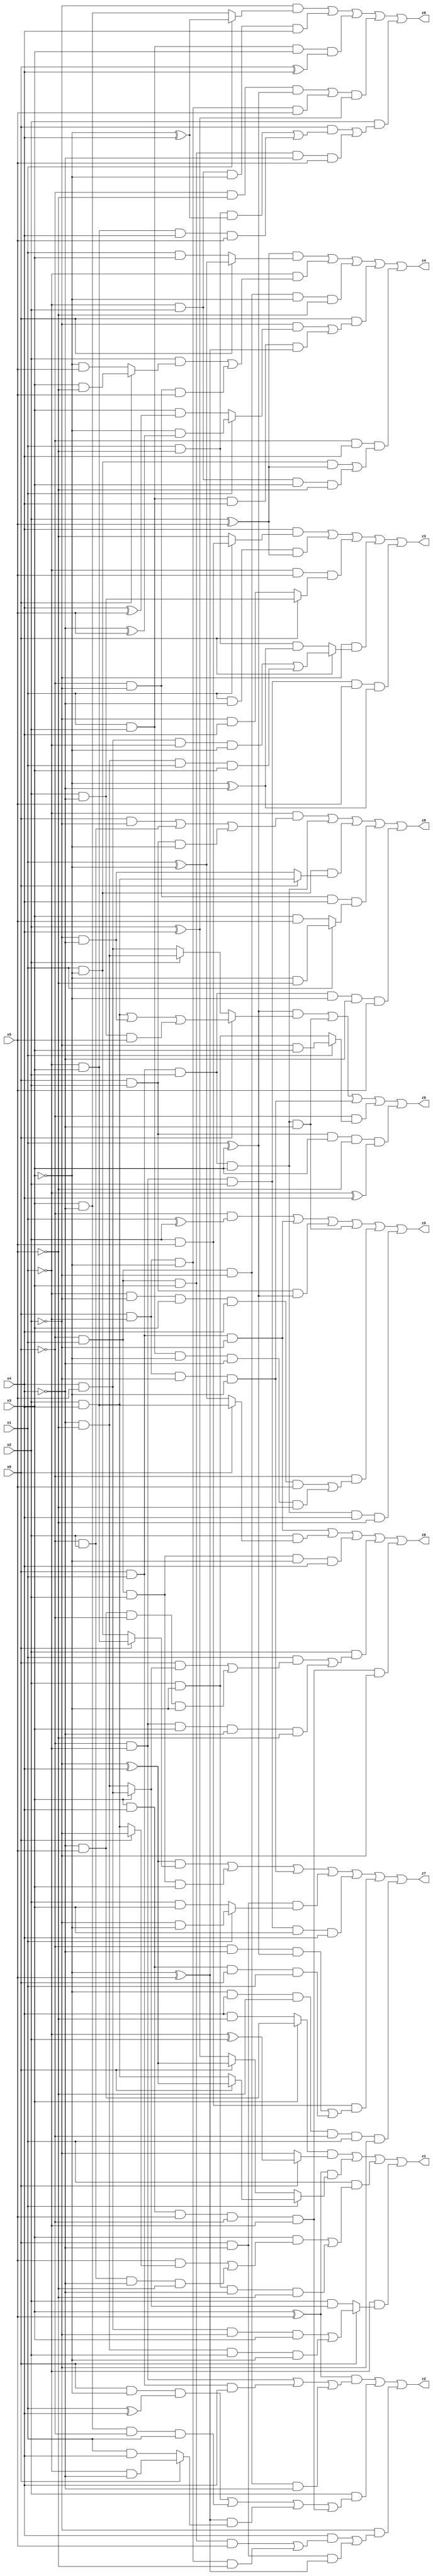
// Benchmark "X_8" written by ABC on Mon Jun 05 16:39:00 2023

module X_8 ( 
    x0, x1, x2, x3, x4, x5,
    z0, z1, z2, z3, z4, z5, z6, z7, z8, z9  );
  input  x0, x1, x2, x3, x4, x5;
  output z0, z1, z2, z3, z4, z5, z6, z7, z8, z9;
  assign z0 = (~x2 & (x1 ? (~x3 ^ x4) : (x3 & ~x4))) | (~x1 & x2 & ~x3 & x4) | (x1 & x2 & x3 & (x0 ^ x4)) | (((~x0 & ~x5 & (x1 ^ x3)) | (x0 & ~x1 & ~x3 & x5)) & (x2 ^ x4)) | (x2 & ((x0 & ((x1 & ~x5 & (~x3 ^ x4)) | (~x1 & x3 & x4 & x5))) | (~x0 & x1 & x3 & ~x4 & x5)));
  assign z1 = ((x3 ? (~x4 & x5) : (x4 & ~x5)) & (x0 ? (~x1 ^ x2) : ~x2)) | ((x3 ^ x5) & (x1 ? (x0 ? (~x2 ^ x4) : (x2 & x4)) : (x0 ? (~x2 ^ x4) : (x2 ^ x4)))) | (x1 & ((x3 & ((x5 & (x0 ? ~x2 : (x2 & x4))) | (~x0 & x2 & ~x4 & ~x5))) | (x2 & ~x3 & ~x4 & ~x5))) | (~x1 & (x0 ? ((x4 & x5 & ~x2 & x3) | (~x4 & ~x5 & x2 & ~x3)) : (x2 & (x3 ? (x4 & x5) : (~x4 & ~x5)))));
  assign z2 = ((x3 ^ x5) & ((~x0 & ~x1) | (x0 & x1 & x4) | (~x0 & x1 & ~x2 & ~x4))) | (x2 & ((x0 & ~x3 & (x1 ^ x4)) | (x3 & ~x4 & ~x0 & x1) | ((~x3 ^ x5) & (x0 ? (~x1 & ~x4) : (x1 & x4))) | (x3 & x4 & x5 & ~x0 & ~x1))) | (~x2 & ((x4 & ((~x0 & x1 & x3 & x5) | (x0 & ~x1 & ~x3 & ~x5))) | (x0 & ~x4 & (~x3 ^ x5))));
  assign z3 = (x4 & (x1 ? (x2 & x5) : ~x5)) | (x1 & ~x4 & (x2 ^ x5)) | (~x1 & x5 & (x0 ? (x2 & ~x4) : (~x2 & x4))) | (~x2 & (x0 ? ((x4 & x5 & ~x1 & ~x3) | (~x4 & ~x5 & x1 & x3)) : (x1 & ~x5 & (~x3 ^ ~x4)))) | (~x0 & ~x1 & x2 & x5 & (~x3 ^ ~x4));
  assign z4 = ((x2 ^ x5) & (x0 ? (x1 ^ ~x3) : (x1 & x3))) | (~x1 & ((x2 & (x0 ? (x3 & ~x5) : (~x3 & x5))) | (~x0 & ~x2 & x5))) | (~x0 & x1 & ~x2 & ~x3 & ~x5) | (x0 & ((~x2 & (x1 ? (~x3 & (~x4 ^ x5)) : (x3 & (x4 ^ x5)))) | (x1 & x2 & x4 & (~x3 ^ x5)))) | (~x0 & x4 & ((x1 & ~x3 & (x2 ^ x5)) | (~x1 & x2 & x3 & ~x5)));
  assign z5 = (~x0 & (x1 ^ x2)) | (x0 & x1 & ~x2) | (x0 & x2 & (x1 ^ x3)) | (x0 & x1 & x2 & x3 & ~x4) | (~x0 & ((~x1 & ~x2 & x3 & x4 & x5) | (x1 & x2 & ~x3 & ~x4 & ~x5))) | (x0 & x1 & x2 & x3 & x4 & ~x5);
  assign z6 = (x0 & x1 & ~x2) | (x2 & (x0 ? (~x1 & x3) : (x1 ^ ~x3))) | (~x0 & x1 & x2 & ~x3 & x4) | (x2 & ((x1 & ((x0 & (x3 ? (x4 & x5) : (~x4 & ~x5))) | (~x4 & x5 & ~x0 & ~x3))) | (~x0 & ~x1 & x3 & ~x4 & ~x5))) | (x3 & x4 & x5 & ~x0 & ~x1 & ~x2);
  assign z7 = ((~x2 ^ x4) & (x0 ? (~x1 & x3) : (x1 & ~x3))) | (~x0 & x1 & x2 & x3) | (x0 & ~x1 & ~x2 & ~x3) | (x0 & ~x4 & (x1 ? (~x2 & ~x3) : (x2 & x3))) | (~x0 & ~x1 & x2 & x3 & x4) | (x2 & x5 & ((~x0 & ~x4 & (x1 ^ x3)) | (x3 & x4 & x0 & x1))) | (~x3 & x4 & ~x5 & ~x0 & x1 & ~x2);
  assign z8 = (~x1 & ((x0 & ~x2) | (~x0 & x2) | (x0 & x2 & ~x3))) | (x0 & x1 & x2 & x3) | (x1 & ~x3 & (x0 ? (x2 & x4) : (~x2 & ~x4))) | (~x0 & ~x2 & x4 & (x1 ? (~x3 & ~x5) : (x3 & x5))) | (x0 & x1 & x2 & ~x3 & ~x4 & x5);
  assign z9 = ((x1 ^ x3) & (x0 ? ((x2 & x4) | (~x2 & ~x4) | (x2 & ~x4 & x5)) : (x2 ? (~x4 & ~x5) : (x4 & x5)))) | (x0 & x1 & x2 & x3 & ~x4) | (x0 & ~x1 & ~x2 & ~x3) | (~x0 & (x1 ? (~x2 & x3) : (x2 & ~x3))) | (x0 & x2 & x3 & ~x5 & (~x1 ^ x4));
endmodule